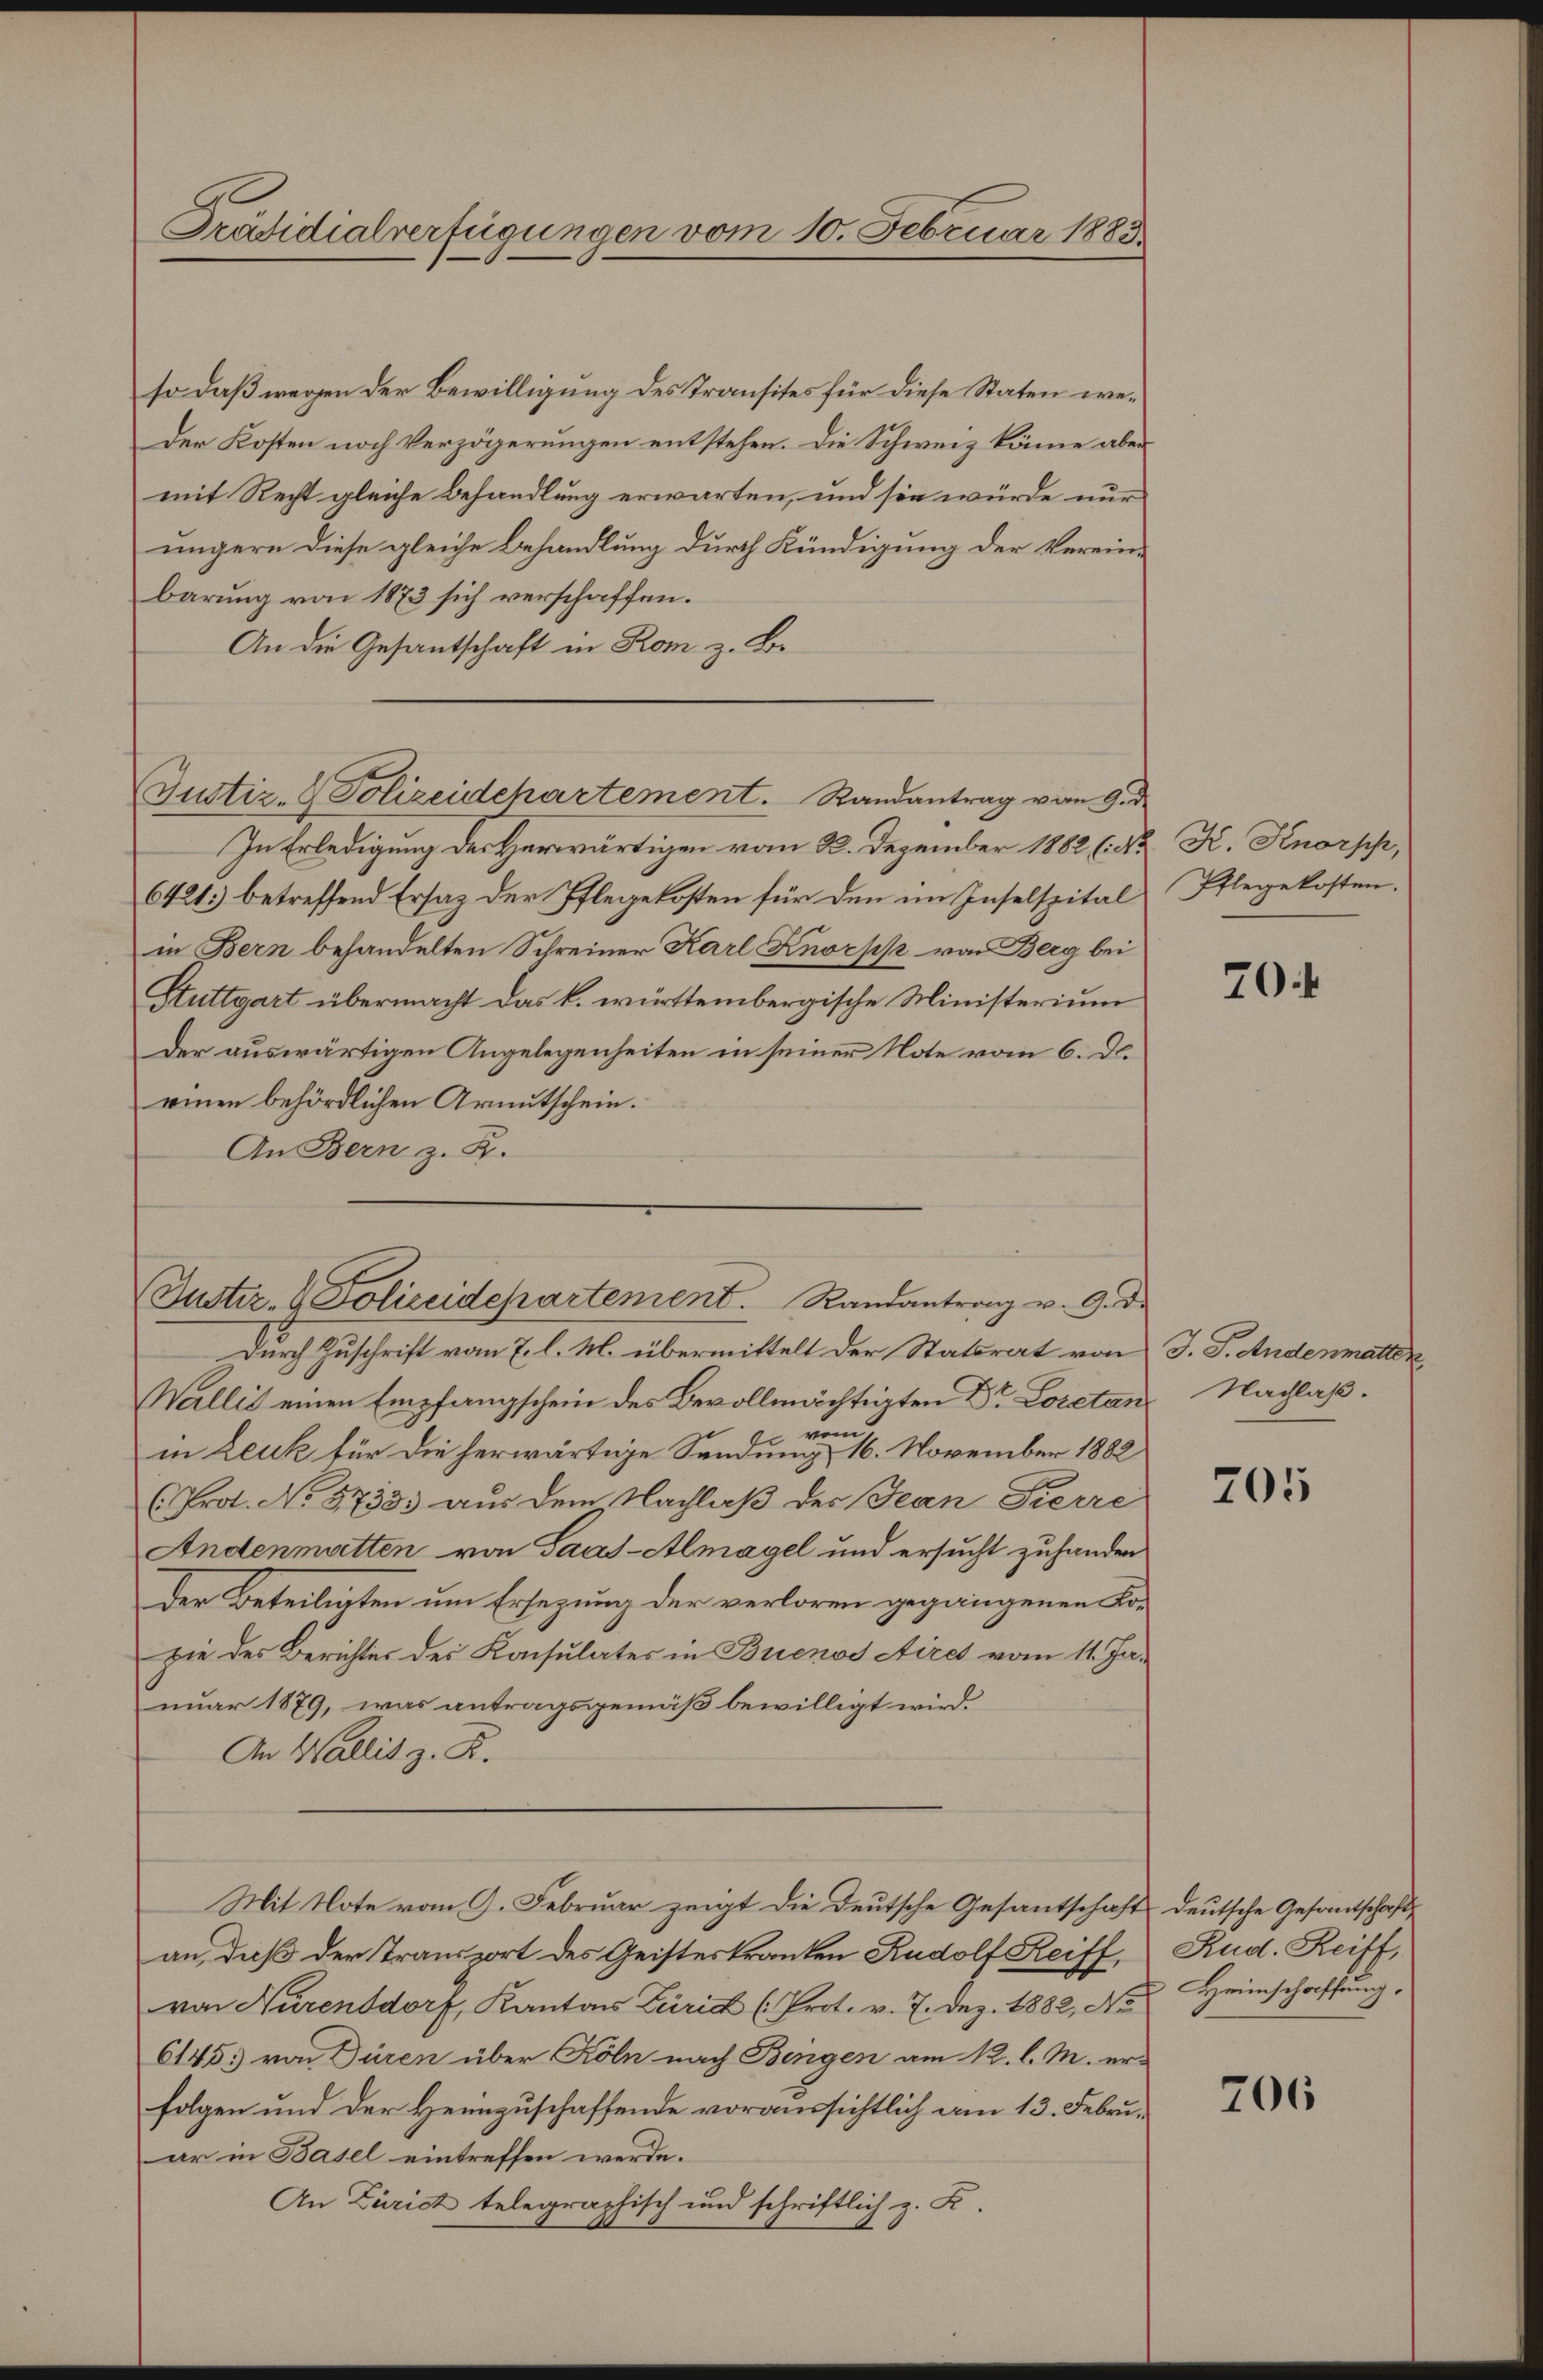
Präsidialverfügungen vom 10. Februar 1883

so daß wegen der Bewilligung des Transites für diese Staten we¬
Der Kosten noch Verzögerungen entstehen. Die Schweiz könne aber
mit Recht gleiche Behandlung erwarten, und sie würde nur
ungern diese gleiche Behandlung durch Kündigung der Vereinbarung von 1873 sich verschaffen.
An die Gesantschaft in Rom z. B.
In Erledigung des Herwärtigen vom 22. Dezember 1882 (Nr. K. Knorpp,
6421 betreffend Ersatz der Pflegekosten für den im Inselspital
in Bern behandelten Schreiner Karl Knorpp von Berg bei
Stuttgart übermacht das k. württembergische Ministerium
Der auswärtigen Angelegenheiten in seiner Note vom 6. d.
einen behördlichen Armutschein.
An Bern z. B.
Durch Zuschrift vom 7. l. M. übermittelt der Statsrat von J. J. Andenmatten
Wallis einen Empfangschein des Bevollmächtigten Dr Loretan. Nachlaße
wo
in Leuk für die herwärtige Sendung 16. November 1882
(Prot. No 57333 aus dem Nachlaß der Jean Pierre
Andenmatten von Saas-Almagel und ersucht zuhanden
Der Beteiligten um Ersezung der verloren gegangenen Kopie des Berichter des Konsulates in Buenos Airet vom 11. Ja-
nuar 1879, was antragsgemäß bewilligt wird.
An Wallis z. R.
Mit Note vom 9. Februar zeigt die Deutsche Gesantschaft deutsche Gesantschafts
an, daß der Transport des Geisteskranken Rudolf Reiff,
von Nürensdorf, Kantons Züric (Prot. v. 7. Dez. 1882, No 2 Heimschaffung,
6145) von Düren über Köln nach Bingen am 12. l. M. er-
folgen und der Heimzuschaffende voraussichtlich am 13. Februar in Basel eintreffen werde.
An Zürich telegraphisch und schriftlich z. Z.

Justiz- & Polizeidchartement. Randantrag vom 9. d.

Justiz- & Polizeidepartement. Randantrag u. 9. De

Pflegekosten.

70:

205

Rud. Reiff,

706